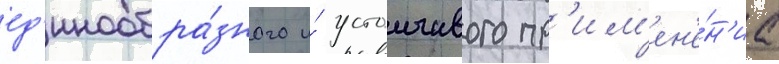
ед'инообра́зного и́ устоичивого пр'им'ен'е́н'иа